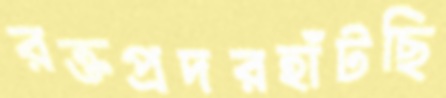
রক্তপ্রদরহাঁটছি